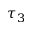
\tau _ { 3 }